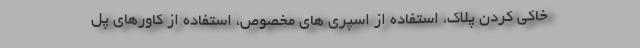
خاکی کردن پلاک، استفاده از اسپری های مخصوص، استفاده از کاورهای پل